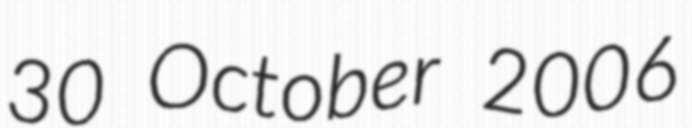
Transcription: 30 October 2006